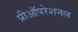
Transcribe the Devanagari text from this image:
प्रीऑपरेशनल